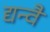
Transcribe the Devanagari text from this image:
द्यन्वै